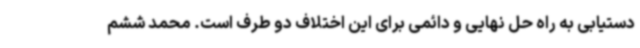
دستیابی به راه حل نهایی و دائمی برای این اختلاف دو طرف است. محمد ششم